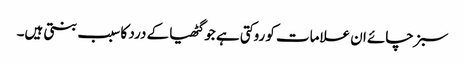
سبز چائے ان علامات کو روکتی ہے جو گٹھیا کے درد کا سبب بنتی ہیں۔